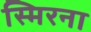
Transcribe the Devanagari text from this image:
स्मिरना